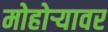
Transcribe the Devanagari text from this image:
मोहोऱ्यावर